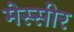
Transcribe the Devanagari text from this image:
मेस्सीर